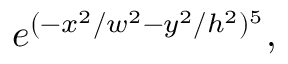
e ^ { ( - x ^ { 2 } / w ^ { 2 } - y ^ { 2 } / h ^ { 2 } ) ^ { 5 } } ,